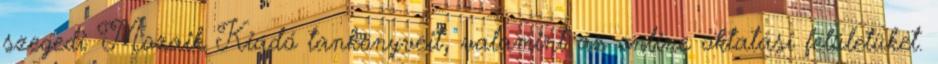
szegedi Mozaik Kiadó tankönyveit, valamint az online oktatási felületüket.